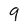
Character: 9